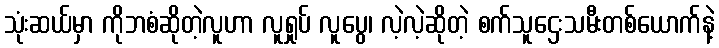
သုံးဆယ်မှာ ကိုဘစံဆိုတဲ့လူဟာ လူရှုပ် လူပွေ၊ လဲ့လဲ့ဆိုတဲ့ စက်သူဌေးသမီးတစ်ယောက်နဲ့